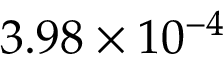
3 . 9 8 \times 1 0 ^ { - 4 }